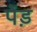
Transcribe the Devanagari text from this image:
पेंड़